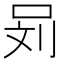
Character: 𰇞